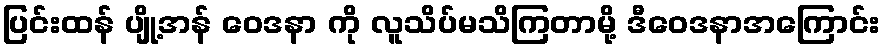
ပြင်းထန် ပျို့အန် ဝေဒနာ ကို လူသိပ်မသိကြတာမို့ ဒီဝေဒနာအကြောင်း